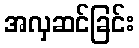
အလှဆင်ခြင်း